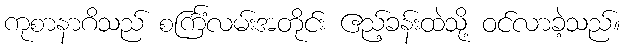
ကုစာနာဂိသည် စင်္ကြံလမ်းအတိုင်း ဧည့်ခန်းထဲသို့ ဝင်လာခဲ့သည်။